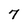
Character: 7